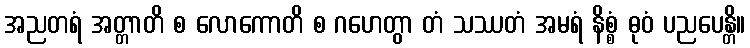
အညတရံ အတ္တာတိ စ လောကောတိ စ ဂဟေတွာ တံ သဿတံ အမရံ နိစ္စံ ဓုဝံ ပညပေန္တိ။